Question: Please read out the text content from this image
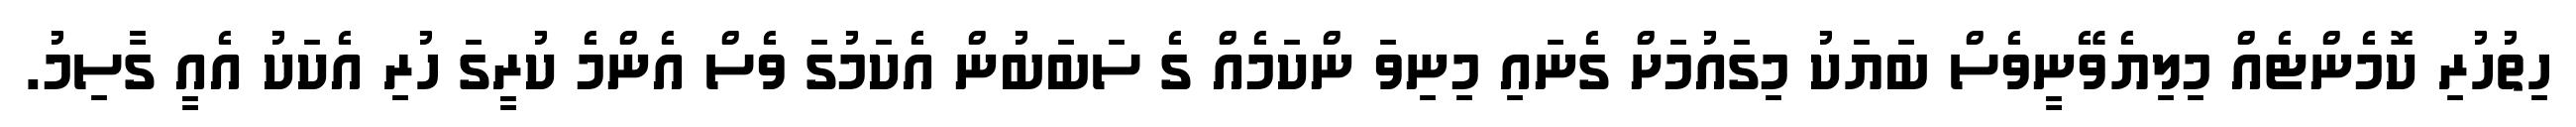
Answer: ހިތުހުރި ކޮމެންޓެއް މިލިޔެވޭނީވެސް ބަޔަކު މިގައުމަށް ގެނައި މިނިވަ ންކަމެއް ގެ ސަބަބުން އެކަމުގަ ވެސް އެންމެ ކުރީގަ ހުރި އެކަކު އެއީ ގާސިމު.